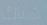
هناك